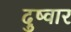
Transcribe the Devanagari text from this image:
दुष्वार